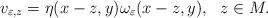
LaTeX: \begin{align*} v_{\varepsilon,z}=\eta(x-z,y)\omega_\varepsilon(x-z,y),~~z\in M.\end{align*}